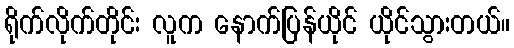
ရိုက်လိုက်တိုင်း လူက နောက်ပြန်ယိုင် ယိုင်သွားတယ်။